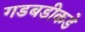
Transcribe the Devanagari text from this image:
गडबडीकडे